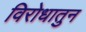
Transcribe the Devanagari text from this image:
विरोधातुन